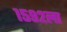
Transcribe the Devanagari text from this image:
१५९२ला